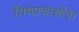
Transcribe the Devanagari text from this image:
भिष्माचार्यांना